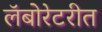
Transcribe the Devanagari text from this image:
लॅबोरेटरीत